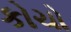
કોચો